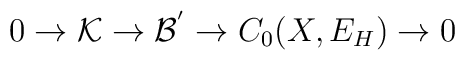
0 \rightarrow {\cal K} \rightarrow {\cal B^{'}} \rightarrow C_{0}(X , E_{H})\rightarrow 0